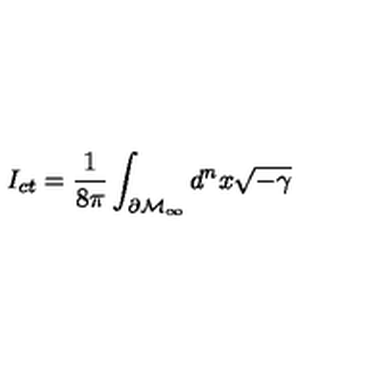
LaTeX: I _ { c t } = \frac 1 { 8 \pi } \int _ { \partial \mathcal { M } _ { \infty } } d ^ { n } x \sqrt { - \gamma }